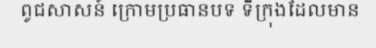
ពូជសាសន៍ ក្រោមប្រធានបទ ទីក្រុងដែលមាន